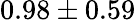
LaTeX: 0.98\pm 0.59